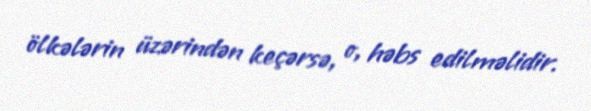
ölkələrin üzərindən keçərsə, o, həbs edilməlidir.